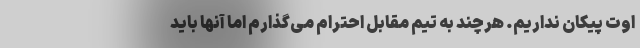
اوت پیکان نداریم. هرچند به تیم مقابل احترام می‌گذارم اما آنها باید